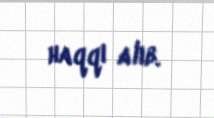
haqqı alıb.